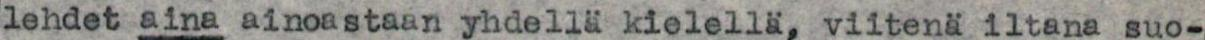
lehdet aina ainoastaan yhdellä kielellä, viitenä iltana suo-